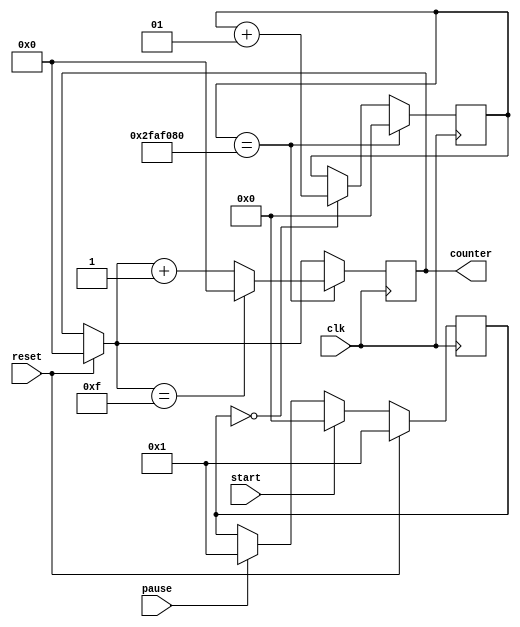
`timescale 1ns / 1ps
//////////////////////////////////////////////////////////////////////////////////
// Company: 
// Engineer: 
// 
// Design Name: 
// Module Name:    stopwatch 
// Project Name: 
// Target Devices: 
// Tool versions: 
// Description: 
//
// Dependencies: 
//
// Revision: 
// Revision 0.01 - File Created
// Additional Comments: 
//
//////////////////////////////////////////////////////////////////////////////////
module stopwatch(
		input clk,
		input start,
		input pause,
		input reset,
		output[3:0] counter
		);

	integer count=0;

	reg[3:0] temp;
	integer pause_check = 0;
	assign counter = temp;
	always@(posedge clk)
		begin
			if(pause == 1'b1) pause_check <= 1'b1;
			if(start == 1'b1) pause_check <= 1'b0;
			if(pause_check == 1'b0) count <= count+1;
			if(reset == 1'b1)
				begin
					temp = 4'b0000;
					pause_check <= 1'b1;
				end
			if(count == 50000000)
				if(temp == 4'b1111)
					begin
						temp = 4'b0000;
						count <= 0;
					end
				else
					begin
						temp = temp+1;
						count <= 0;
					end
			else temp = temp;
		end
endmodule